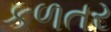
કળતર